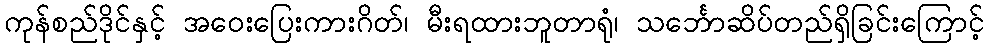
ကုန်စည်ဒိုင်နှင့် အဝေးပြေးကားဂိတ်၊ မီးရထားဘူတာရုံ၊ သင်္ဘောဆိပ်တည်ရှိခြင်းကြောင့်